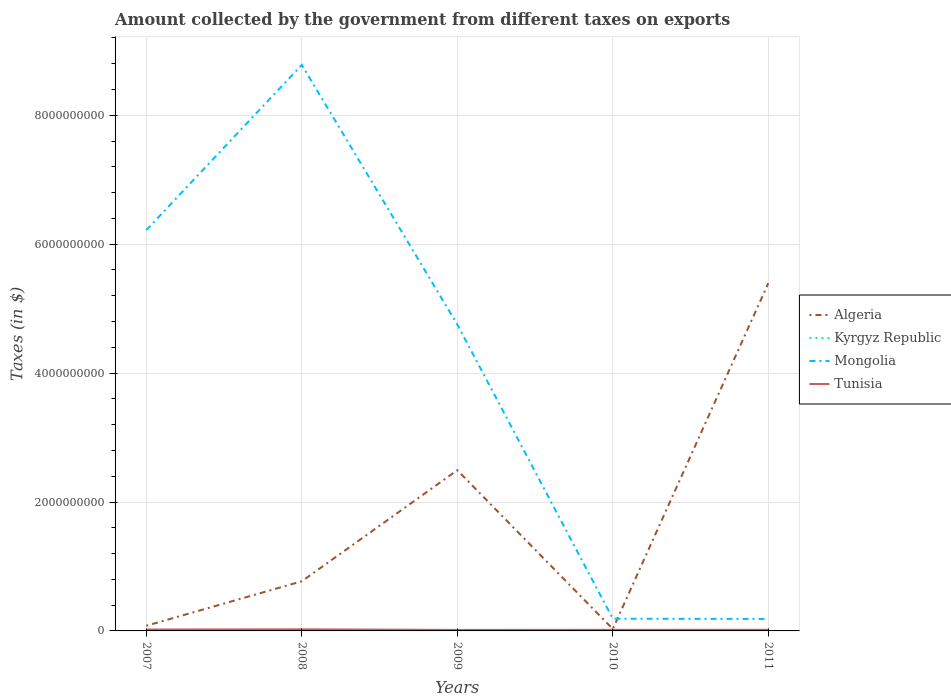
| Years | Algeria | Kyrgyz Republic | Mongolia | Tunisia |
 | --- | --- | --- | --- | --- |
 | 2007 | 8e+07 | 1.46e+05 | 6.22e+09 | 2.21e+07 |
 | 2008 | 7.7e+08 | 1.81e+06 | 8.78e+09 | 2.51e+07 |
 | 2009 | 2.49e+09 | 3.56e+06 | 4.75e+09 | 1.57e+07 |
 | 2010 | 3e+07 | 5.91e+06 | 1.9e+08 | 1.75e+07 |
 | 2011 | 5.4e+09 | -1.85e+06 | 1.85e+08 | 1.8e+07 |